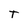
Character: T